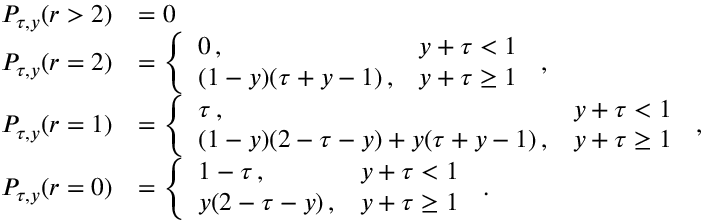
\begin{array} { r l } { P _ { \tau , y } ( r > 2 ) } & { = 0 } \\ { P _ { \tau , y } ( r = 2 ) } & { = \left\{ \begin{array} { l l } { 0 \, , } & { y + \tau < 1 } \\ { ( 1 - y ) ( \tau + y - 1 ) \, , } & { y + \tau \geq 1 } \end{array} \right. \, , } \\ { P _ { \tau , y } ( r = 1 ) } & { = \left\{ \begin{array} { l l } { \tau \, , } & { y + \tau < 1 } \\ { ( 1 - y ) ( 2 - \tau - y ) + y ( \tau + y - 1 ) \, , } & { y + \tau \geq 1 } \end{array} \right. \, , } \\ { P _ { \tau , y } ( r = 0 ) } & { = \left\{ \begin{array} { l l } { 1 - \tau \, , } & { y + \tau < 1 } \\ { y ( 2 - \tau - y ) \, , } & { y + \tau \geq 1 } \end{array} \right. \, . } \end{array}